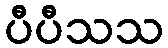
ပီပီသသ